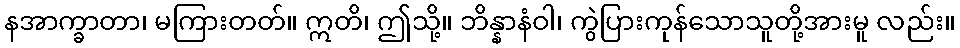
နအာက္ခာတာ၊ မကြားတတ်။ ဣတိ၊ ဤသို့။ ဘိန္နာနံဝါ၊ ကွဲပြားကုန်သောသူတို့အားမူ လည်း။